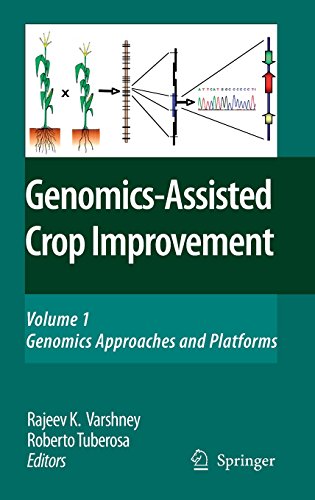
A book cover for Genomics-Assisted Crop Improvement: Vol 1: Genomics Approaches and Platforms; Science & Math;